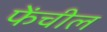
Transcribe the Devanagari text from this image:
फेंचील